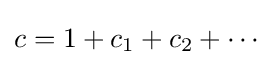
c=1+c_{1}+c_{2}+\cdots